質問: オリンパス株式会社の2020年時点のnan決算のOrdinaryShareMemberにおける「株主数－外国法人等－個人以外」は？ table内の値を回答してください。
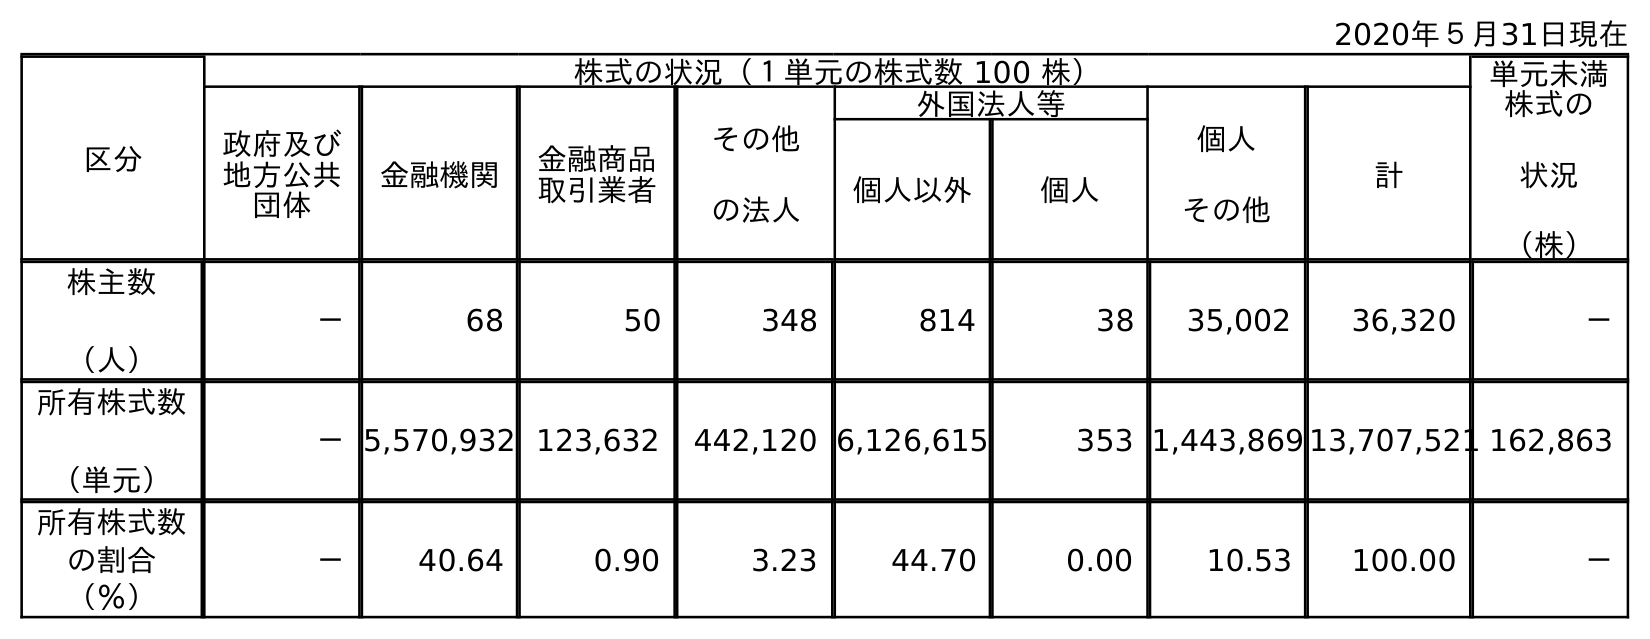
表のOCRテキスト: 2020年５月31日現在 区分 株式の状況（１単元の株式数 100 株） 単元未満 株式の 状況 （株） 政府及び 地方公共 団体 金融機関 金融商品 取引業者 その他 の法人 外国法人等 個人 その他 計 個人以外 個人 株主数 （人） － 68 50 348 814 38 35,002 36,320 － 所有株式数 （単元） －5,570,932 123,632 442,120 6,126,615 353 1,443,869 13,707,521 162,863 所有株式数 の割合 （％） － 40.64 0.90 3.23 44.70 0.00 10.53 100.00 －
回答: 814